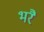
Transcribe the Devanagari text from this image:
भरै